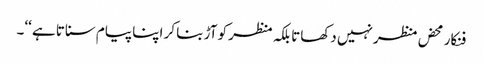
فنکار محض منظر نہیں دکھاتا بلکہ منظر کو آڑ بنا کر اپنا پیام سناتا ہے ‘‘۔